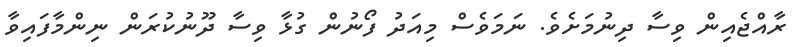
ރާއްޖެއިން ވިސާ ދިނުމަށެވެ. ނަމަވެސް މިއަދު ފޯނުން ގުޅާ ވިސާ ދޫނުކުރަން ނިންމާފައިވާ